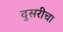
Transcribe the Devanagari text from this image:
दुसरीचा